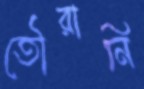
তৌরানি